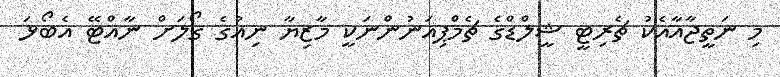
މި ނަތީޖާއާއެކު ޗެރިޓީ ޝީލްޑްގެ ޗެމްޕިއަނުންނަކީ މާޒިޔާ ނިއުގެ ގޯލަށް ނާއްޓޭ އެބޯޅަ